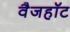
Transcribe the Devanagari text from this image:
वैजहॉट